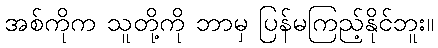
အစ်ကိုက သူတို့ကို ဘာမှ ပြန်မကြည့်နိုင်ဘူး။